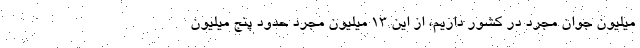
میلیون جوان مجرد در کشور داریم، از این ۱۳ میلیون مجرد حدود پنج میلیون